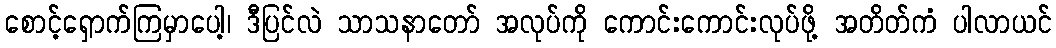
စောင့်ရှောက်ကြမှာပေါ့၊ ဒီပြင်လဲ သာသနာတော် အလုပ်ကို ကောင်းကောင်းလုပ်ဖို့ အတိတ်ကံ ပါလာယင်